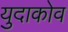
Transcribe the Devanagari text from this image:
युदाकोव